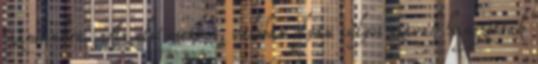
számunkra. Az első esetben, valóban olyan súlyos szavak hangzottak